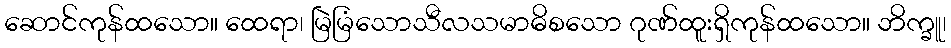
ဆောင်ကုန်ထသော။ ထေရာ၊ မြဲမြံသောသီလသမာဓိစသော ဂုဏ်ထူးရှိကုန်ထသော။ ဘိက္ခူ၊